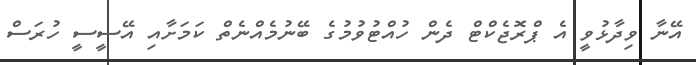
އޭނާ ވިދާޅުވީ އެ ޕްރޮޖެކްޓް ދެން ހުއްޓުވުމުގެ ބޭނުމެއްނެތް ކަމަށާއި އޭސީސީ ހުރަސް